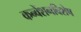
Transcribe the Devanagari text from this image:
कन्वेंशनविशेष